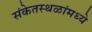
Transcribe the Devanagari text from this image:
संकेतस्थळांमध्ये